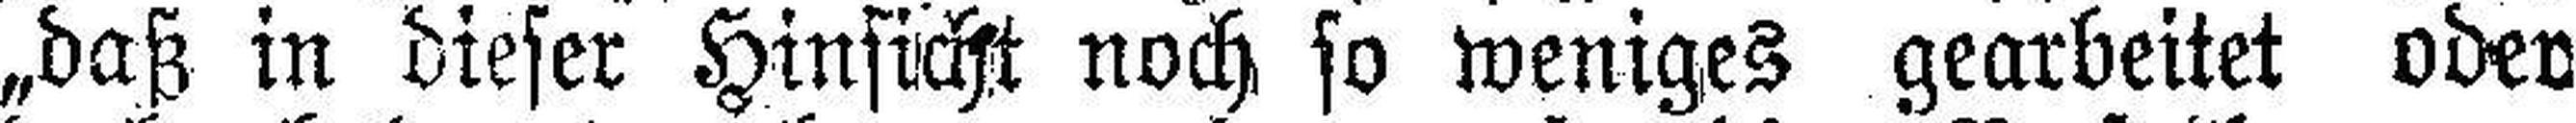
„daß in dieser Hinsicht noch so weniges gearbeitet oder